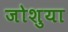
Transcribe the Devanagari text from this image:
जोशुया